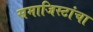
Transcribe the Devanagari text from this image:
समाजिस्टांचा